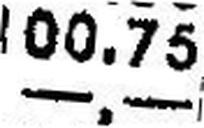
—.—